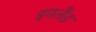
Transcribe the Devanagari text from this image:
इगलैंड